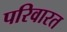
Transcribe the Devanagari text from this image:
परिवारत